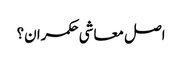
اصل معاشی حکمران؟